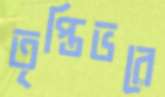
তৃপ্তিভরে